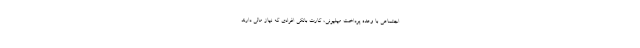
اجتماعی با وعده پرداخت میلیونی، کارت بانکی افرادی که نیاز مالی دارند